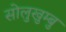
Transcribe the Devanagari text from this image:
सोलुखुम्बु